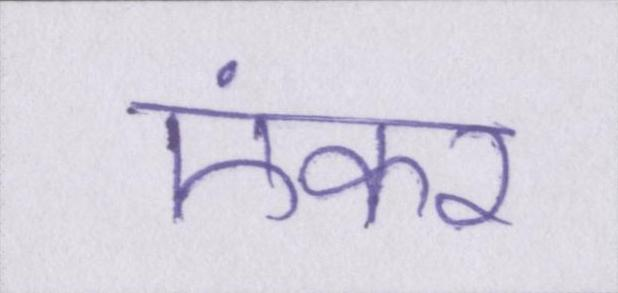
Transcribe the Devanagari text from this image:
एंकर